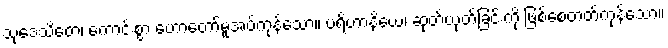
သုဒေသိတေ၊ ကောင်းစွာ ဟောတော်မူအပ်ကုန်သော။ ပရိဟာနိယေ၊ ဆုတ်ယုတ်ခြင်းကို ဖြစ်စေတတ်ကုန်သော။